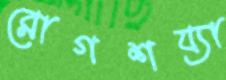
রোগশয্যা